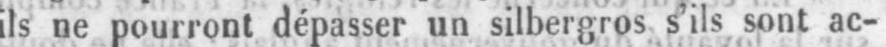
ils ne pourront dépasser un silbergros s’ils sont ac-